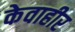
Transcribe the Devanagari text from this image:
केवाहीर